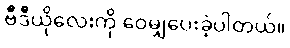
ဗီဒီယိုလေးကို ဝေမျှပေးခဲ့ပါတယ်။